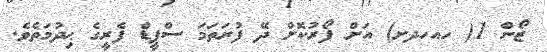
ޒޯން 1( ހއހދށ) އަށް ފޯރުކޮށް ދޭ ފުރަތަމަ ސްޕީޑް ފެރީގެ ޙިދުމަތެވެ.